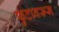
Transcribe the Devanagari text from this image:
फुटावरून